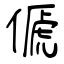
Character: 傂